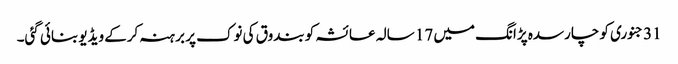
31 جنوری کو چارسدہ پڑانگ میں 17 سالہ عائشہ کو بندوق کی نوک پر برہنہ کرکے ویڈیو بنائی گئی۔